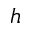
\mathfrak { h }